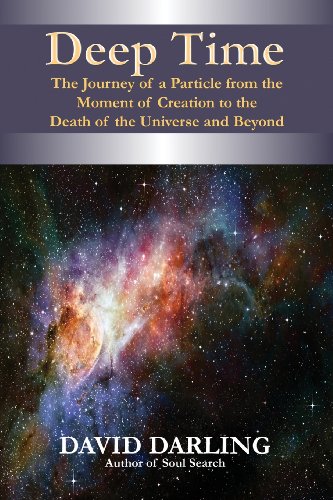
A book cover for Deep Time; David Darling; Law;